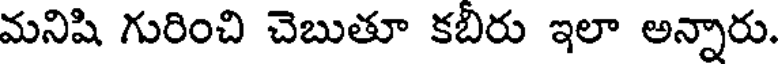
మనిషి గురించి చెబుతూ కబిరు ఇలా అన్నారు.